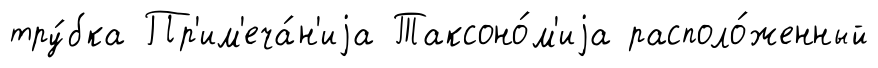
тру́бка Пр'им'еча́н'иjа Таксоно́м'иjа располо́женный